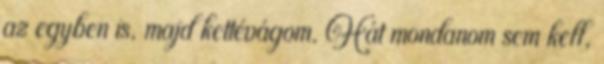
az egyben is, majd kettévágom. Hát mondanom sem kell,